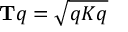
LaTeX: \mathbf { T } q = { \sqrt { q K q } }